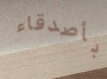
بأصدقاء